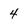
Character: 4